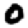
Digit: 0